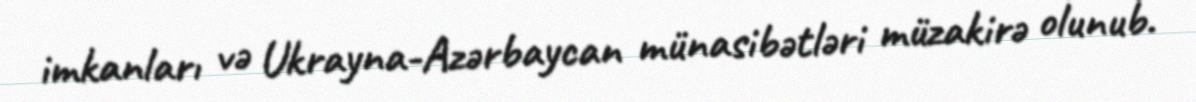
imkanları və Ukrayna-Azərbaycan münasibətləri müzakirə olunub.